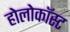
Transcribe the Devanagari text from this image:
होलोकॉस्‍ट